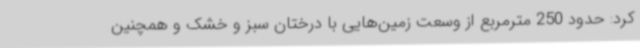
کرد: حدود 250 مترمربع از وسعت زمین‌هایی با درختان سبز و خشک و همچنین